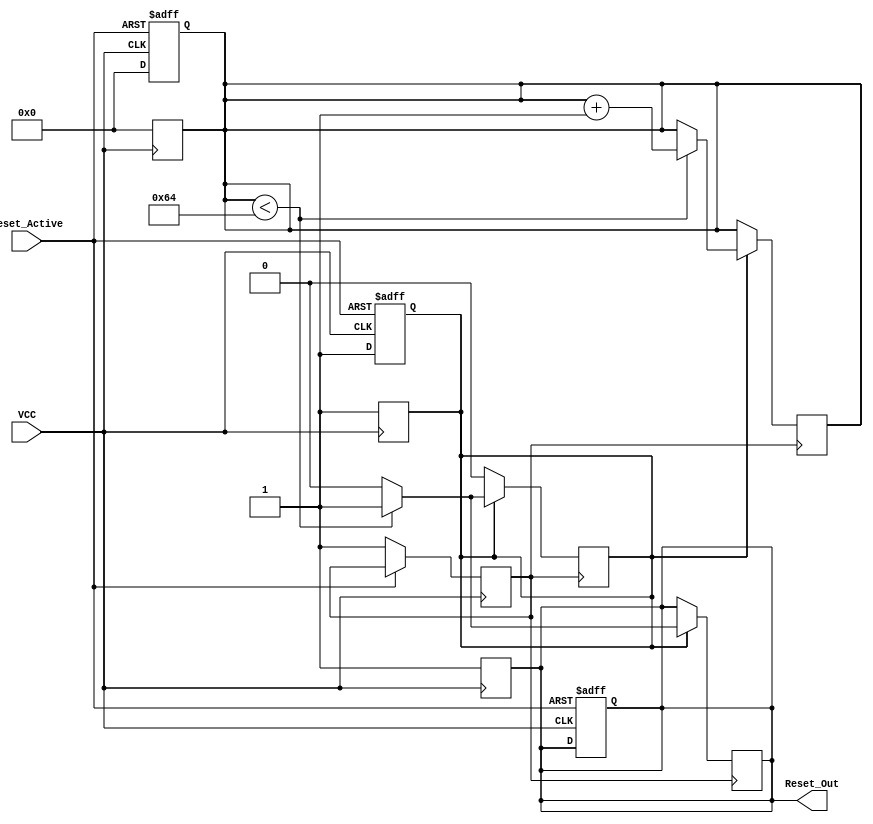
module PowerOnReset (
    input wire VCC,                // Power supply voltage signal
    input wire Reset_Active,       // Control signal for manual reset
    output reg Reset_Out           // Output reset signal
);

    // Parameter for reset duration (in clock cycles)
    parameter RESET_DURATION = 100; // Adjust this value based on required duration
    reg [6:0] counter;              // 7-bit counter for timing
    reg stable_power;               // Indicates if VCC is stable

    // State indicating whether we are in reset mode
    reg in_reset;

    // Asynchronous reset logic
    always @(posedge VCC or posedge Reset_Active) begin
        if (Reset_Active) begin
            Reset_Out <= 1'b1;      // Assert reset if Reset_Active is asserted
            in_reset <= 1'b1;       // Enter reset state
            counter <= 0;            // Reset counter
        end else if (VCC) begin
            stable_power <= 1'b1;    // VCC is stable
            in_reset <= 1'b1;        // Enter reset state
            counter <= 0;             // Reset counter
        end
    end

    // Always block for counting duration
    always @(posedge stable_power) begin
        if (in_reset) begin
            if (counter < RESET_DURATION) begin
                counter <= counter + 1; // Increment counter
                Reset_Out <= 1'b1;       // Keep Reset_Out asserted
            end else begin
                Reset_Out <= 1'b0;       // Deassert Reset_Out after duration
                in_reset <= 1'b0;        // Exit reset state
            end
        end
    end

    // Monitor VCC for drops below threshold (asynchronous reset)
    always @(negedge VCC) begin
        Reset_Out <= 1'b1;              // Assert reset on VCC drop
        in_reset <= 1'b1;               // Enter reset state
        counter <= 0;                   // Reset counter
    end

endmodule